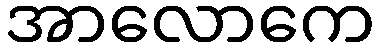
အာလောကေ